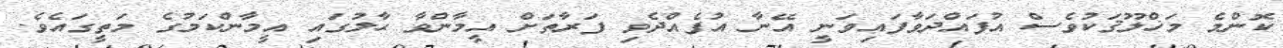
ކޮންމެ މަޚްލޫޤަކުވެސް އުފައްދަވާފައިވަނީ އޭނާ އުފެއްދެވި ފަރާތަށް އީމާންވާ ޙާލުގައި އީމާންކަމުގެ މަތީގައެވެ.